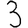
Digit: 3